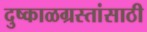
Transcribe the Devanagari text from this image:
दुष्काळग्रस्तांसाठी